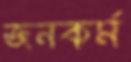
জনকর্ম